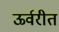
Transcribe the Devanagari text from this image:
ऊर्वरीत